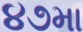
૪૭મા